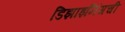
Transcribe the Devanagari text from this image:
डिझाइनिंगची